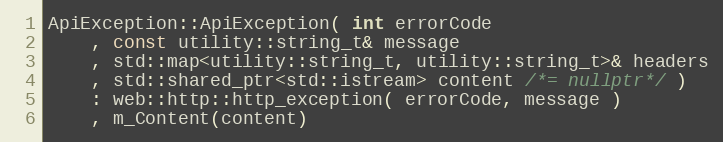
Language: C++
ApiException::ApiException( int errorCode
    , const utility::string_t& message
    , std::map<utility::string_t, utility::string_t>& headers
    , std::shared_ptr<std::istream> content /*= nullptr*/ )
    : web::http::http_exception( errorCode, message )
    , m_Content(content)